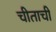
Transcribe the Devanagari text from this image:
चीताची